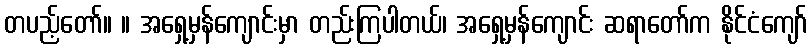
တပည့်တော်။ ။ အရှေ့မှန်ကျောင်းမှာ တည်းကြပါတယ်၊ အရှေ့မှန်ကျောင်း ဆရာတော်က နိုင်ငံကျော်